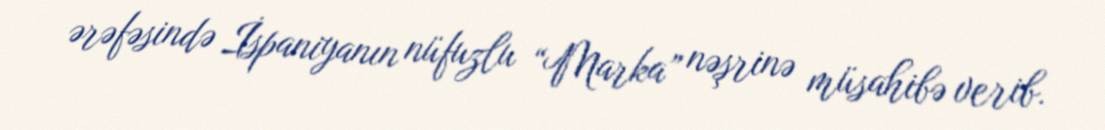
ərəfəsində İspaniyanın nüfuzlu “Marka” nəşrinə müsahibə verib.